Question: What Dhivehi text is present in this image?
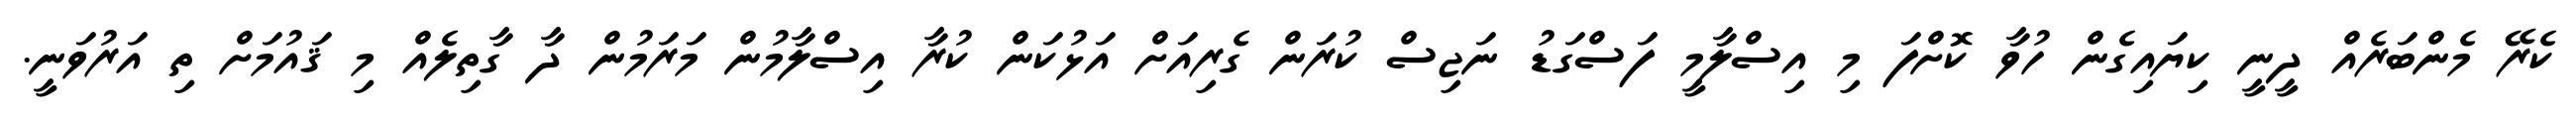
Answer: ކެރޭ މެންބަރެއް ދީނީ ކިޔައިގެން ހުވާ ކޮށްފަ މި އިސްލާމީ ފަސްގަޑު ނަޖިސް ކުރަން ގެރިއަށް އަޅުކަން ކުރާ އިސްލާމުން މަރަމުން ދާ ގާތިލެއް މި ޤައުމަށް ތި އަރުވަނީ.